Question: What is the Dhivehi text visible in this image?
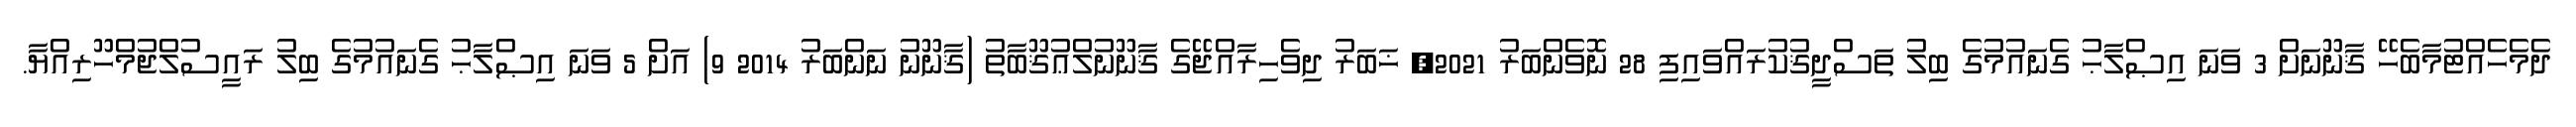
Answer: ދެމެހެއްޓުމާބެހޭ ޤާނޫނަށް 3 ވަނަ އިޞްލާޙު ގެނައުމުގެ ބިލު ތަސްދީޤުކުރައްވައިފި 28 ނޮވެންބަރު 2021, ޚަބަރު ދިވެހިރާއްޖޭގެ ޤާނޫނުލްޢުޤޫބާތު (ޤާނޫނު ނަންބަރު 2014 9) އަށް 5 ވަނަ އިޞްލާޙު ގެނައުމުގެ ބިލު ރައީސުލްޖުމްހޫރިއްޔާ.